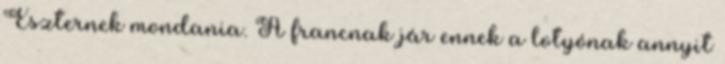
Eszternek mondania. A francnak jár ennek a lotyónak annyit